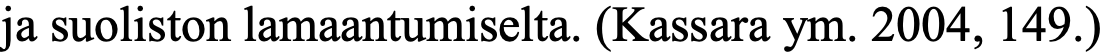
ja suoliston lamaantumiselta. (Kassara ym. 2004, 149.)